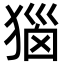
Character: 㺁